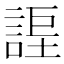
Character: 𧩆